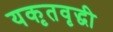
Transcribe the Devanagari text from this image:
यकृतवृद्धी